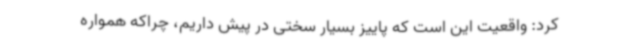
کرد: واقعیت این است که پاییز بسیار سختی در پیش داریم، چراکه همواره